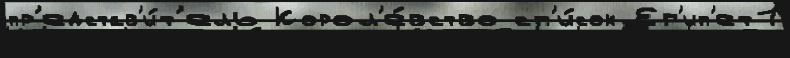
пр'едстав'и́т'ель Корол'е́вство сп'и́сок Ег'ип'ет1